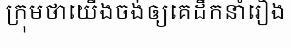
ក្រុមថាយើងចង់ឲ្យគេដឹកនាំរឿង